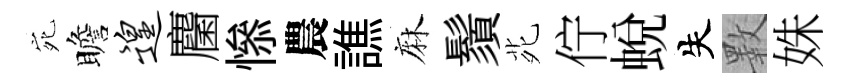
宛瞻遑麕𢡖農譙麻鬚𫟍佇蜕失斁姝